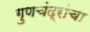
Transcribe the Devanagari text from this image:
गुणचंद्रांचा